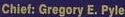
Chief: Gregory E. Pyle